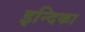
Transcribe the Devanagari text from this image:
इन्दिका